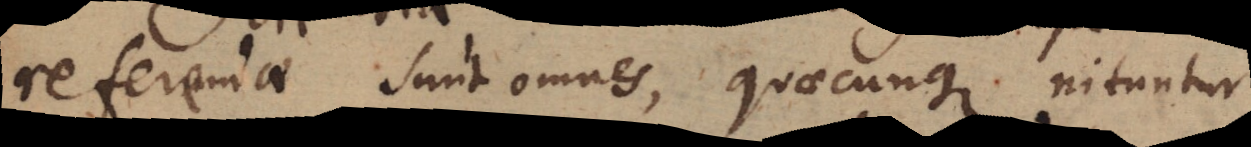
referendae sunt omnes, quaecunque nituntur